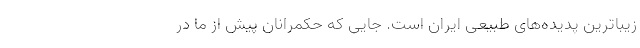
زیباترین پدیده‌های طبیعی ایران است. جایی که حکمرانان پیش از ما در